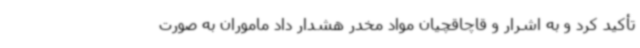
تأکید کرد و به اشرار و قاچاقچیان مواد مخدر هشدار داد ماموران به صورت